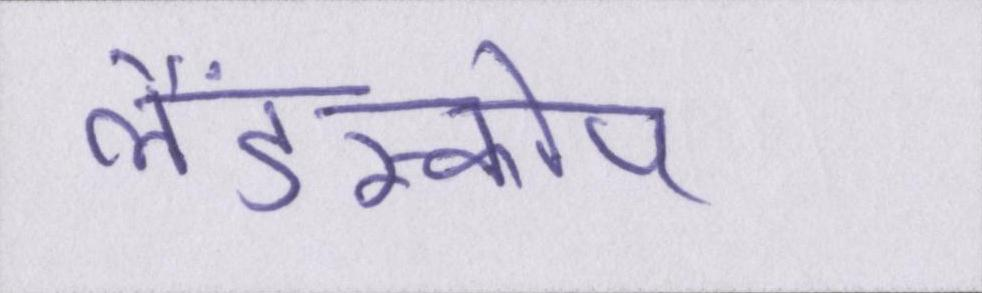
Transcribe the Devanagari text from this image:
लैंडस्कोप